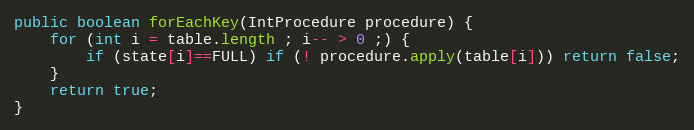
Language: Java
public boolean forEachKey(IntProcedure procedure) {
	for (int i = table.length ; i-- > 0 ;) {
		if (state[i]==FULL) if (! procedure.apply(table[i])) return false;
	}
	return true;
}